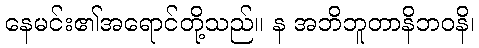
နေမင်း၏အရောင်တို့သည်။ န အဘိဘူတာနိဘဝနိ၊